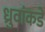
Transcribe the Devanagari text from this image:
ध्रुवांकडे